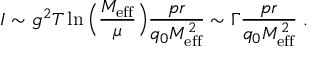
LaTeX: I \sim g ^ { 2 } T \ln \Big ( { \frac { M _ { \mathrm { e f f } } } { \mu } } \Big ) { \frac { p r } { q _ { 0 } M _ { \mathrm { e f f } } ^ { 2 } } } \sim \Gamma { \frac { p r } { q _ { 0 } M _ { \mathrm { e f f } } ^ { 2 } } } \; .